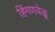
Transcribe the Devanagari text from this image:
हिंगणवेळू